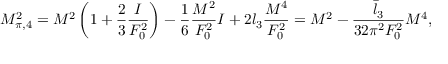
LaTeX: M _ { \pi , 4 } ^ { 2 } = M ^ { 2 } \left( 1 + \frac { 2 } { 3 } \frac { I } { F _ { 0 } ^ { 2 } } \right) - \frac { 1 } { 6 } \frac { M ^ { 2 } } { F _ { 0 } ^ { 2 } } I + 2 l _ { 3 } \frac { M ^ { 4 } } { F _ { 0 } ^ { 2 } } = M ^ { 2 } - \frac { \bar { l } _ { 3 } } { 3 2 \pi ^ { 2 } F _ { 0 } ^ { 2 } } M ^ { 4 } ,